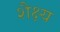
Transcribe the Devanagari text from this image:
शैक्ष्य